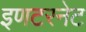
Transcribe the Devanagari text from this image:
इणटरनेट